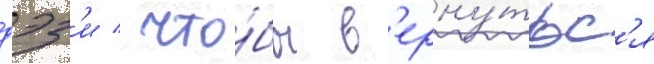
дэз'и / что́бы в'ерну́тьс'я